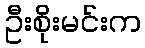
ဦးစိုးမင်းက